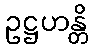
ဥဋ္ဌဟန္တိ